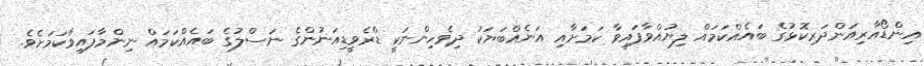
އިންޑޯއާރިއަންދަރިކޮޅުގެ ބައެއްކަމައް ލިޔުއްވާފައިވާ ކަމަށާއި އަނެއްބަޔަކު ދިވެހިންނަކީ ޑްރެވީޑިއަނުންގެ ނަސްލުގެ ބައެއްކަމައް ނިންމާފައިވާކަމަށެވެ.